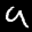
Label: 9